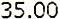
35.00